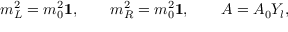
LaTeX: m _ { L } ^ { 2 } = m _ { 0 } ^ { 2 } \mathbf { 1 } , \qquad m _ { R } ^ { 2 } = m _ { 0 } ^ { 2 } \mathbf { 1 } , \qquad A = A _ { 0 } Y _ { l } ,